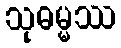
သုဓမ္မဿ